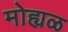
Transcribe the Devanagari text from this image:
मोह्यळ